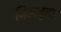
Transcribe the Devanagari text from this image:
भितरघुन्ना